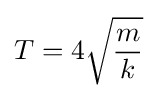
T=4{\sqrt {\frac {m}{k}}}